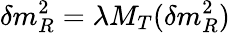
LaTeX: \delta m_{R}^{2}=\lambda M_{T}(\delta m_{R}^{2})